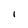
Character: l